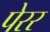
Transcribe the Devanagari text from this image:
पेरर